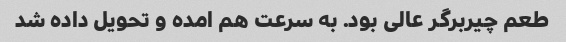
طعم چیربرگر عالی بود. به سرعت هم امده و تحویل داده شد